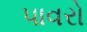
પાવરો